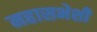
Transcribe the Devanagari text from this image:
महासभेशी